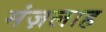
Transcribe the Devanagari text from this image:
मंज़लाह